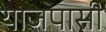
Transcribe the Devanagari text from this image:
याजपासी